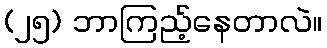
(၂၅) ဘာကြည့်နေတာလဲ။